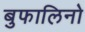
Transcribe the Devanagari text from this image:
बुफालिनो